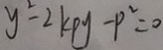
y ^ { 2 } - 2 k p y - P ^ { 2 } = 0